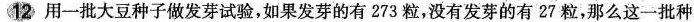
12 用一批大豆种子做发芽试验，如果发芽的有273粒，没有发芽的有27粒，那么这一批种